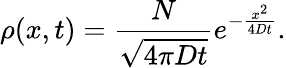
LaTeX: \rho(x,t)={\frac{N}{\sqrt{4\pi Dt}}}e^{-{\frac{x^{2}}{4Dt}}}.